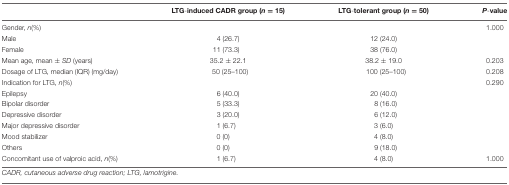
<table><thead><tr><td></td><td><b>LTG-induced CADR group (<i>n</i> = 15)</b></td><td><b>LTG-tolerant group (<i>n</i> = 50)</b></td><td><b><i>P</i>-value</b></td></tr></thead><tbody><tr><td>Gender, <i>n</i>(%)</td><td></td><td></td><td>1.000</td></tr><tr><td>Male</td><td>4 (26.7)</td><td>12 (24.0)</td><td></td></tr><tr><td>Female</td><td>11 (73.3)</td><td>38 (76.0)</td><td></td></tr><tr><td>Mean age, mean ± <i>SD</i> (years)</td><td>35.2 ± 22.1</td><td>38.2 ± 19.0</td><td>0.203</td></tr><tr><td>Dosage of LTG, median (IQR) (mg/day)</td><td>50 (25–100)</td><td>100 (25–100)</td><td>0.208</td></tr><tr><td>Indication for LTG, <i>n</i>(%)</td><td></td><td></td><td>0.290</td></tr><tr><td>Epilepsy</td><td>6 (40.0)</td><td>20 (40.0)</td><td></td></tr><tr><td>Bipolar disorder</td><td>5 (33.3)</td><td>8 (16.0)</td><td></td></tr><tr><td>Depressive disorder</td><td>3 (20.0)</td><td>6 (12.0)</td><td></td></tr><tr><td>Major depressive disorder</td><td>1 (6.7)</td><td>3 (6.0)</td><td></td></tr><tr><td>Mood stabilizer</td><td>0 (0)</td><td>4 (8.0)</td><td></td></tr><tr><td>Others</td><td>0 (0)</td><td>9 (18.0)</td><td></td></tr><tr><td>Concomitant use of valproic acid, <i>n</i>(%)</td><td>1 (6.7)</td><td>4 (8.0)</td><td>1.000</td></tr></tbody></table>